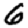
Digit: 6